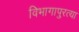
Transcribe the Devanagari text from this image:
विभागापुरत्या